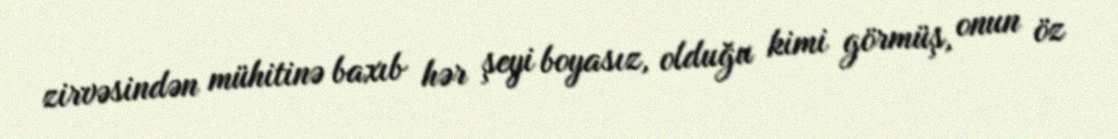
zirvəsindən mühitinə baxıb hər şeyi boyasız, olduğu kimi görmüş, onun öz